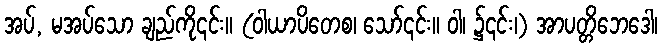
အပ်, မအပ်သော ချည်ကို၎င်း။ (ဝါယာပိတေစ၊ သော်၎င်း။ ဝါ၊ ၌၎င်း၊) အာပတ္တိဘေဒေါ၊